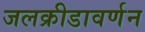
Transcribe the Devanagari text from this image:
जलक्रीडावर्णन